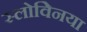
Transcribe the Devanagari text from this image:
स्लोवेिनया